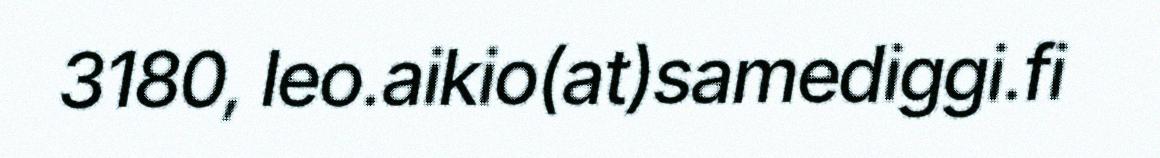
3180, leo.aikio(at)samediggi.fi